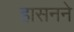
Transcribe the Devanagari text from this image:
हासनने